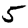
Digit: 5